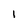
Character: 1